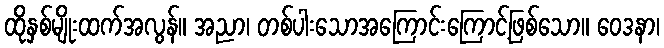
ထိုနှစ်မျိုးထက်အလွန်။ အညာ၊ တစ်ပါးသောအကြောင်းကြောင့်ဖြစ်သော။ ဝေဒနာ၊